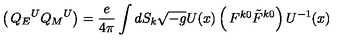
\left( \begin{matrix} { { Q _ { E } } ^ { U } } \\ { { Q _ { M } } ^ { U } } \\ \end{matrix} \right) = { \frac { e } { 4 \pi } } \int d S _ { k } \sqrt { - g } U ( x ) \left( \begin{matrix} { F ^ { k 0 } } \\ { \tilde { F } ^ { k 0 } } \\ \end{matrix} \right) U ^ { - 1 } ( x )